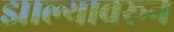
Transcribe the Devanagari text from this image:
झाल्यावरून